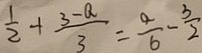
\frac { 1 } { 2 } + \frac { 3 - a } { 3 } = \frac { \alpha } { 6 } - \frac { 3 } { 2 }